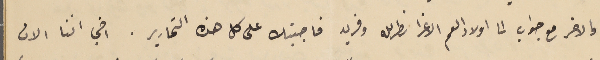
والاخر مع جواب الى اولاد العم الاعزا نصرالله وفريد فاجبتك على كل هذه التحارير. اخي اننا الان